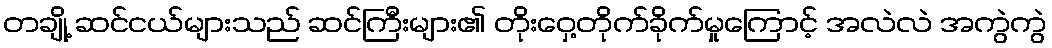
တချို့ ဆင်ငယ်များသည် ဆင်ကြီးများ၏ တိုးဝှေ့တိုက်ခိုက်မှုကြောင့် အလဲလဲ အကွဲကွဲ